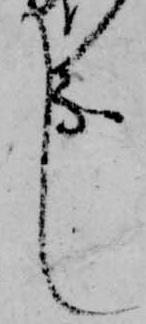
し